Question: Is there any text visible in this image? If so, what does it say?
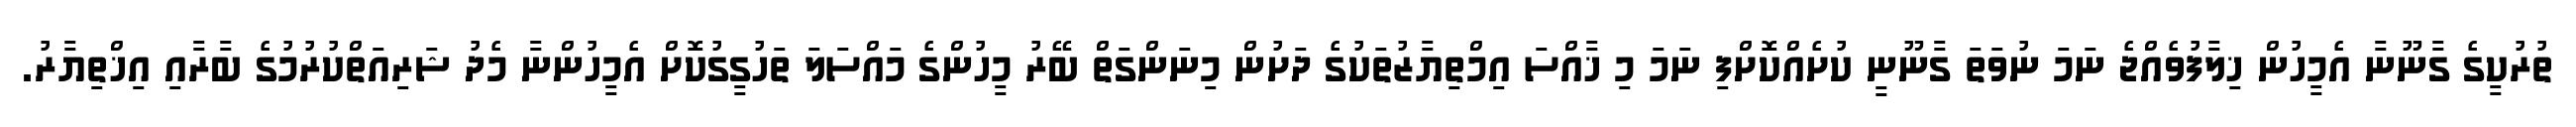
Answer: ތުރުކީގެ ގާނޫނާ އެމީހުން ޚިލާފުވެއްޖެ ނަމަ ނުވަތަ ގާނޫނީ ކުށެއްކޮށްފި ނަމަ މި ޚާއްސަ އިމްތިޔާޒުތަކުގެ ދަށުން މިނަންގަތް ބޭރު މީހުންގެ މައްސަލަ ތަހުގީގުކޮށް އެމީހުންނާ މެދު ޝަރިއަތްކުރުމުގެ ބާރާއި އިޚްތިޔާރު.